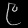
Digit: ၉